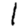
Digit: 1